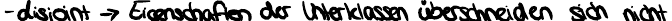
- disjoint -> Eigenschaften der Unterklassen überschneiden sich nicht